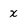
Character: x